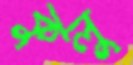
কুলু